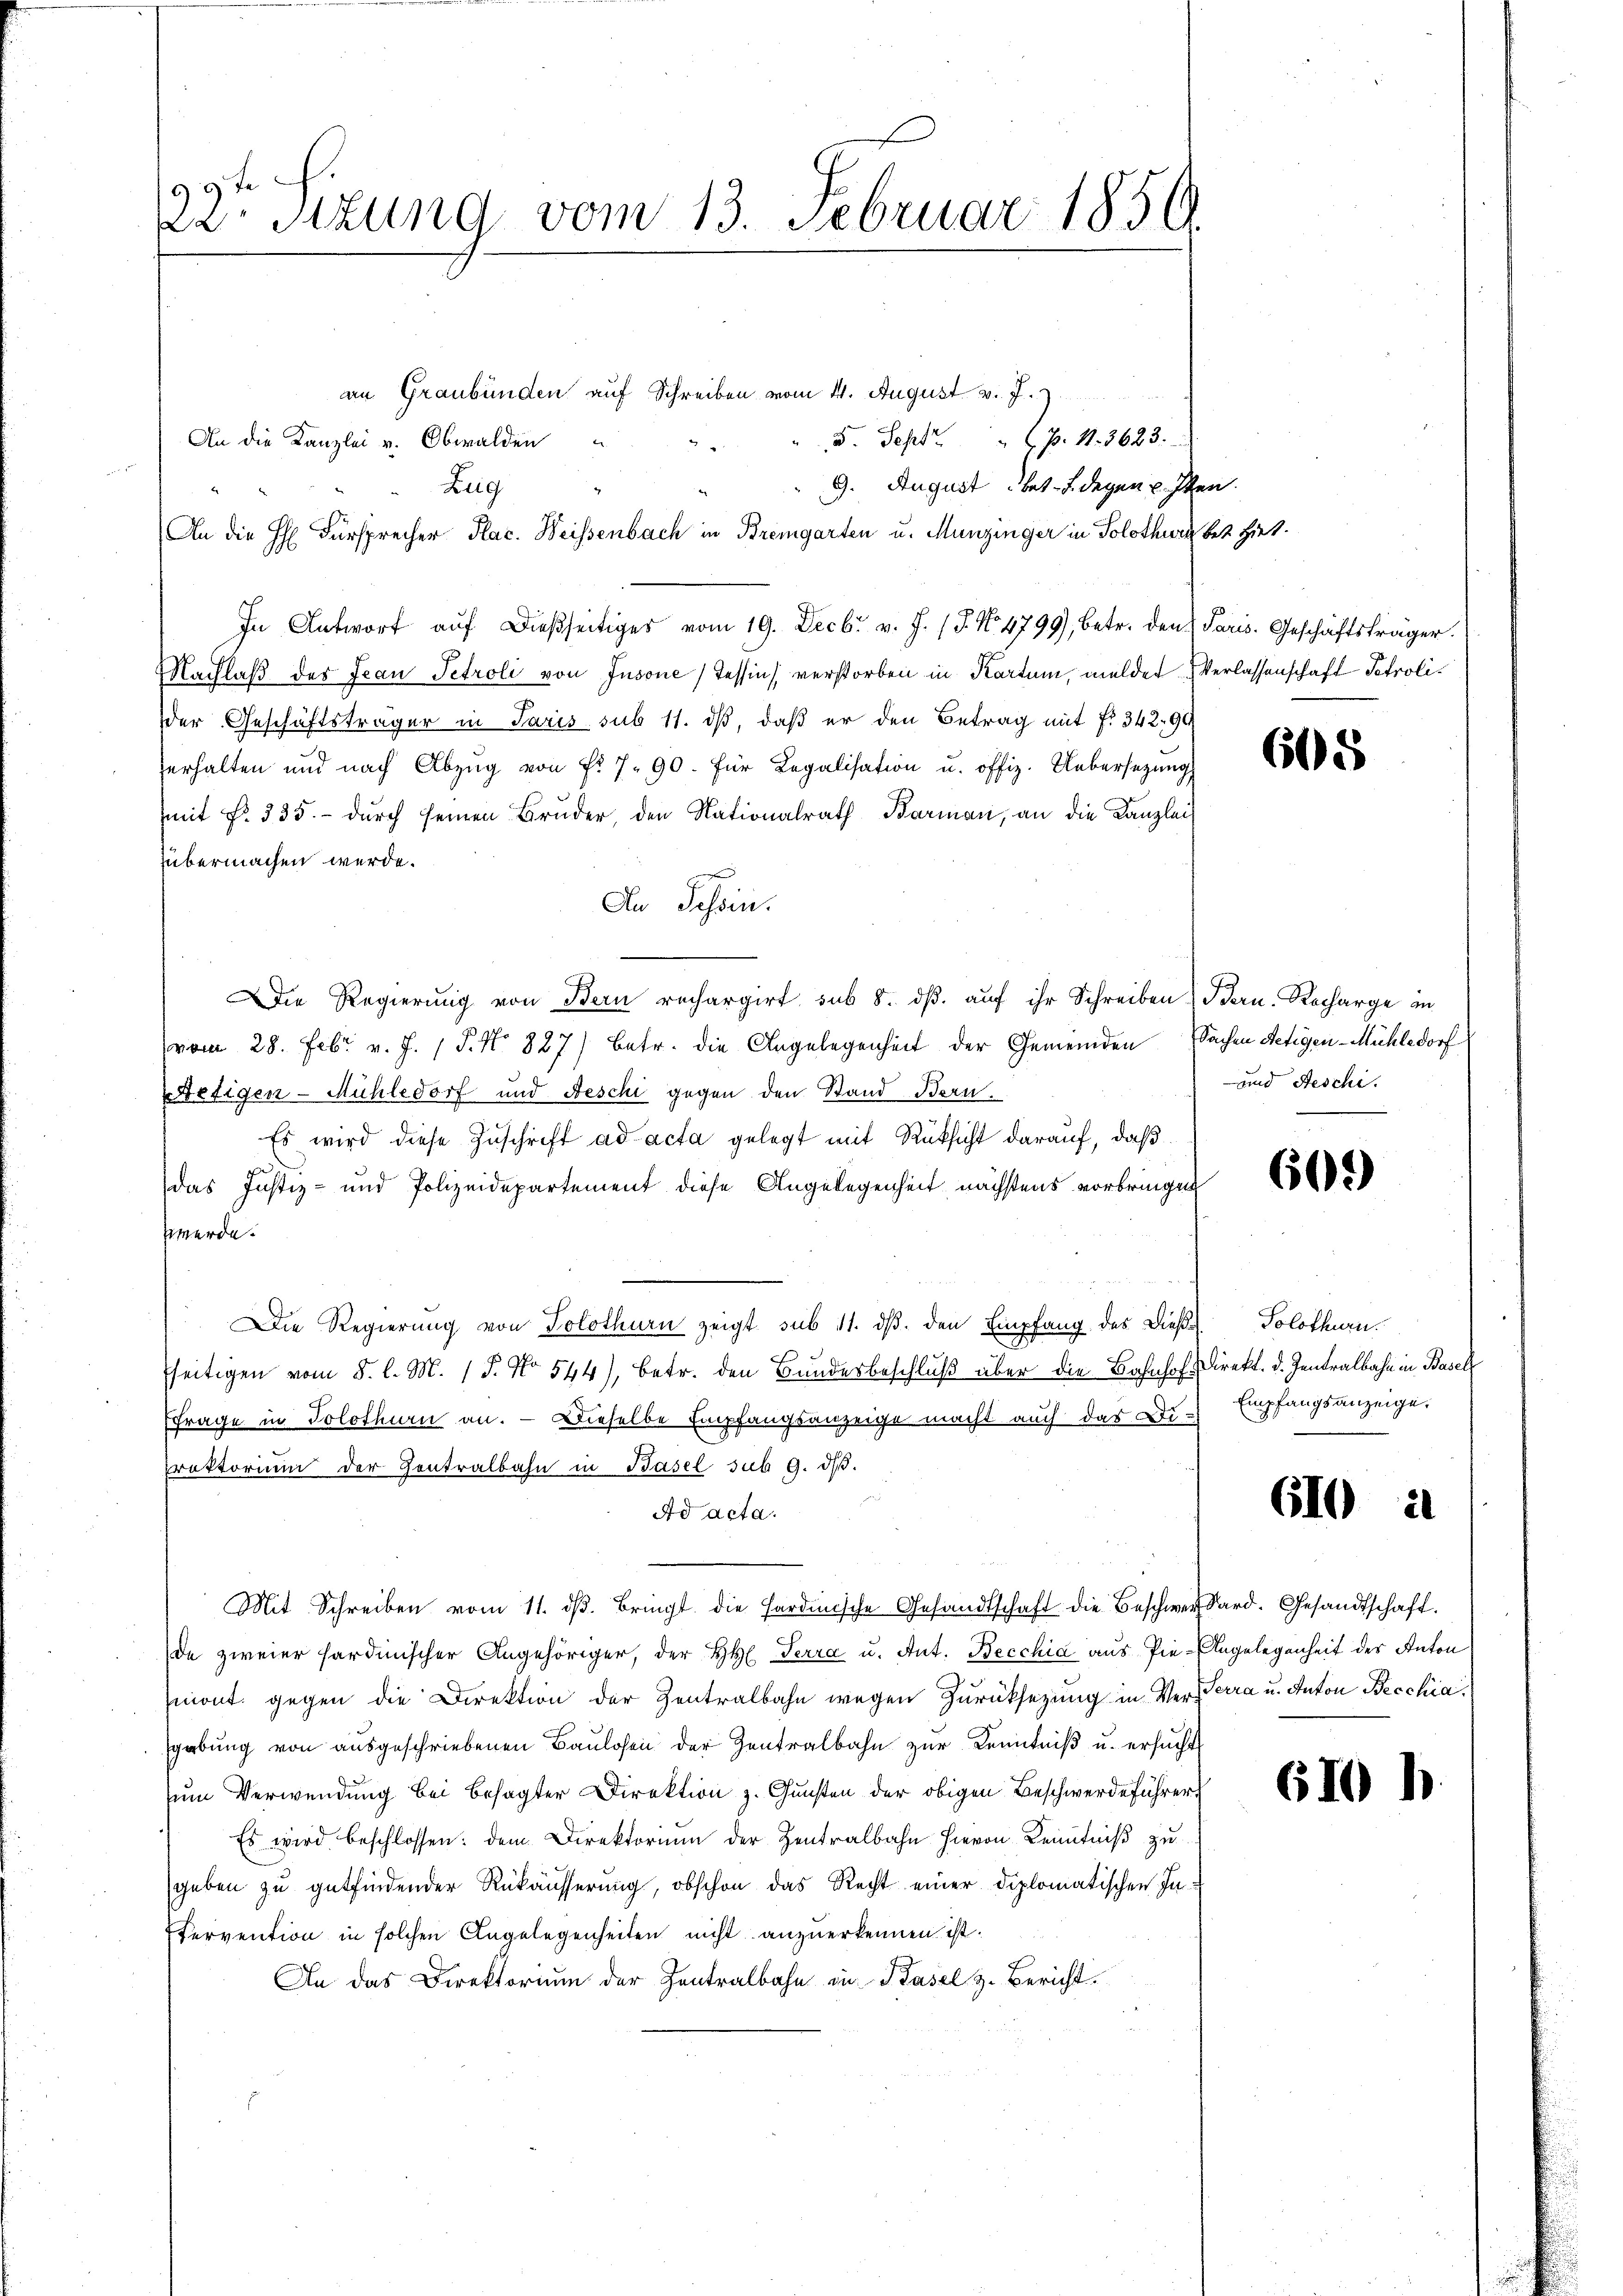
99te
22 Stzung vom 13. Februar 1856

5. Sept. "  P. 11. 3623.
An die Kanzlei v. Obwalden
9. August bet-Bdegensten.
Zug
An die H: Fürsprecher Plac. Weissenbach in Bremgarten u. Munzinger in Solothurn bet. Hiet.
In Antwort aŭf dießseitiges vom 19. Decbr. v. J. (T. No 4799), betr. den Paris. Geschäftsträger
Nachlaß des Jean Petroli von Jnsone Tessin verstorben in Kartum, melder Verlassenschaft Petrolider Geschäftsträger in Paris sub 11. dß, daß er den Betrag mit f. 342, 94
erhalten und nach Abzŭg von Fr. 7. 90. für Legalisation u. offiz. Uebersetzung
mmit Fr. 335. dŭrch seinen Brŭder, den Nationalrath Barmaṅ, an die Kanzlei
übermachen werde.
An Schön.
Die Regierung von Bern rechargirt, sub 8. dβ aŭf ihr Schreibendern. Recharge in
(vom 28. Febr. v. J. P. Nr. 887) Betr. die Angelegenheit der Gemeinden
Wetigen-Mühledorf und Aeschi gegen den Stand Bern.
Es wird diese Zuschrift ad acta gelegt mit Rüksicht darauf, daß
das Justiz- und Polizeidepartement diese Angelegenheit nächstens vorbringen
werde.
Die Regierung von Solothurn zeigt sub 11. dβ. den Empfang des Dieß Solothurn.
fseitigen vom 8. l. M. 1 S. No 544), betr. den Bundesbeschluß aber die Bahnhof-Direkt. d. Zentralbahn in Basel
Frage in Solothurn an. — Dieselbe Empfangsanzeige macht auch das Dr Empfangsanzeige,
rektorium der Zentralbahn in Basel sub 9. dβ.
Ad acta.
n
Mit Schreiben vom 11. dβ. bringt die Fardinische Gesandtschaft die Beschwer dard. Gesandtschaft.
de zweier fardinischer Angehöriger, der H. Terra u. Ant. Becchia aus Pie-Angelegenheit des Anton
mont. gegen die Direktion der Zentralbahn wegen Zurücksezung in Ver-Terra u. Anton Becchia
sgebung von ausgeschriebenen Baulosen der Zentralbahn zur Kenntniß u. ersucht
zum Verwendung bei besagter Direktion z. Gunsten der obigen Beschwerdeführer
Es wird beschlossen: dem Direktorium der Zentralbahn hievon Kenntniß zu
geben zu gutfindender Rükäusserung, obschon das Recht einer diplomatischen In¬
Etervention in solchen Angelegenheiten nicht anzuerkennen ist.
An das Direktorium der Zentralbahn in Basel z. Bericht.

an Graubünden auf Schreiben vom 4. August v. J. z
“

668

Sachen Fetigen-Mühledorf
und Aeschi.

60.)

610

610